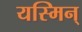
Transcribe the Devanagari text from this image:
यस्मिन्‌